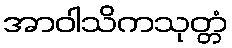
အာဝါသိကသုတ္တံ